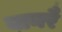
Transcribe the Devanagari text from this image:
वानरै